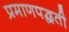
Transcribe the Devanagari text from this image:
प्रमाणपद्धती